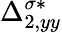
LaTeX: \Delta_{2,yy}^{\sigma*}